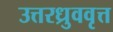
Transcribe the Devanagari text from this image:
उत्तरध्रुववृत्त